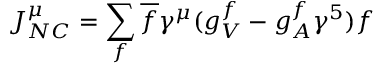
J _ { N C } ^ { \mu } = \sum _ { f } \overline { { f } } \gamma ^ { \mu } ( g _ { V } ^ { f } - g _ { A } ^ { f } \gamma ^ { 5 } ) f